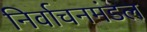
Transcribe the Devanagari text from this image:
निर्वाचनमंडल